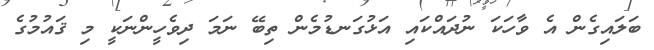
ބަލައިގެން އެ ވާހަކަ ނުދައްކައި އަޅުގަނޑުމެން ތިބޭ ނަމަ ދިވެހީންނަކީ މި ޤައުމުގެ